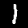
Label: 1